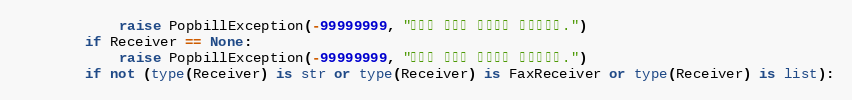
Language: Python
            raise PopbillException(-99999999, "발신자 번호가 입력되지 않았습니다.")
        if Receiver == None:
            raise PopbillException(-99999999, "수신자 정보가 입력되지 않았습니다.")
        if not (type(Receiver) is str or type(Receiver) is FaxReceiver or type(Receiver) is list):